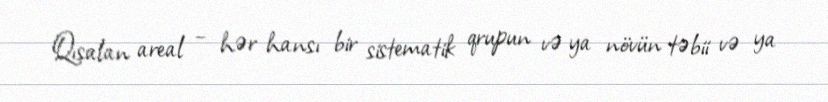
Qısalan areal – hər hansı bir sistematik qrupun və ya növün təbii və ya